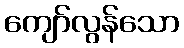
ကျော်လွန်သော